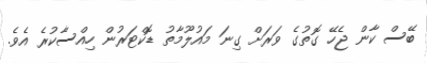
ބޭސް ކާން ޖެހޭ ގޮތުގެ ވަރަށް ގިނަ މައުލޫމާތު ޑޮކްޓަރުން ހިއްސާކުރެ އެވެ.